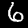
Label: 6